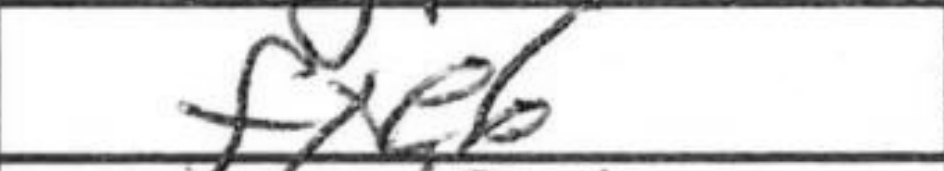
Transcription: fxe6